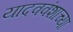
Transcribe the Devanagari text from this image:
यादववंशाच्या